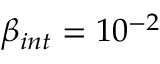
\beta _ { i n t } = 1 0 ^ { - 2 }